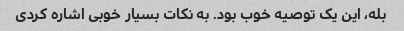
بله، این یک توصیه خوب بود. به نکات بسیار خوبی اشاره کردی